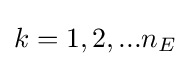
k=1,2,...n_{E}